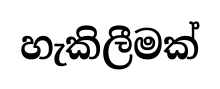
හැකිලීමක්